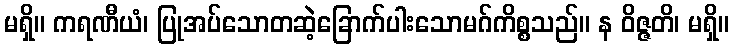
မရှိ။ ကရဏီယံ၊ ပြုအပ်သောတဆဲ့ခြောက်ပါးသောမဂ်ကိစ္စသည်။ န ဝိဇ္ဇတိ၊ မရှိ။